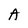
Character: A